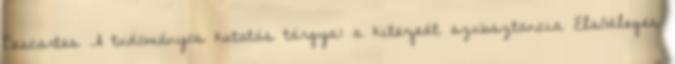
Descartes A tudományos kutatás tárgya: a kiterjedt szubsztancia Elsődleges